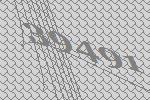
39491